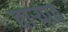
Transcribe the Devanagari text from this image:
तार्‍यात